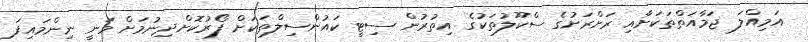
އަމިއްލަ ޖަމާއަތްތަކަށާއި ރަށްރަށުގެ ސްކޫލުތަކުގެ އިތުރުން ސިޓީ ކައުންސިލްތަކަށް ފޯރުކޮށްދިނުމަށް ވަނީ ނިންމައިފަ